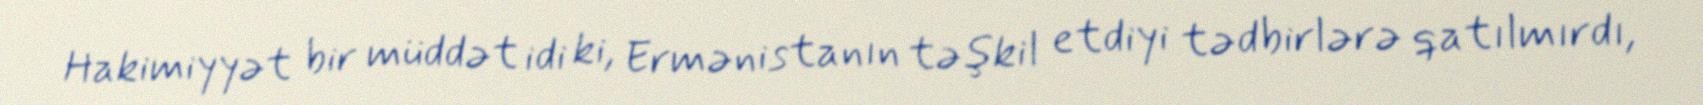
Hakimiyyət bir müddət idi ki, Ermənistanın təşkil etdiyi tədbirlərə qatılmırdı,